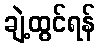
ချဲ့ထွင်ရန်